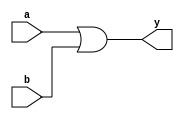
`timescale 1ns / 1ps
//////////////////////////////////////////////////////////////////////////////////
// Company: 
// Engineer: 
// 
// Design Name: 
// Module Name:    one_or 
// Project Name: 
// Target Devices: 
// Tool versions: 
// Description: 
//
// Dependencies: 
//
// Revision: 
// Revision 0.01 - File Created
// Additional Comments: 
//
//////////////////////////////////////////////////////////////////////////////////
module one_or(a,b,y);
input a,b;
output y;
assign y = a|b;
endmodule